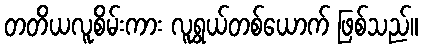
တတိယလူစိမ်းကား လူရွယ်တစ်ယောက် ဖြစ်သည်။